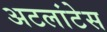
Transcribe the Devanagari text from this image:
अटलांटेस